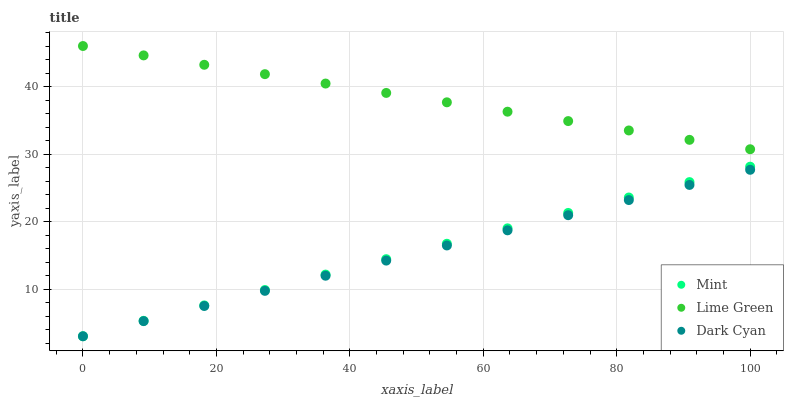
| xaxis_label | Mint | Lime Green | Dark Cyan |
 | --- | --- | --- | --- |
 | 0 | 3 | 46 | 3 |
 | 9.09 | 5.28 | 44.6 | 5.24 |
 | 18.2 | 7.57 | 43.2 | 7.48 |
 | 27.3 | 9.85 | 41.8 | 9.73 |
 | 36.4 | 12.1 | 40.4 | 12 |
 | 45.5 | 14.4 | 39 | 14.2 |
 | 54.5 | 16.7 | 37.7 | 16.5 |
 | 63.6 | 19 | 36.3 | 18.7 |
 | 72.7 | 21.3 | 34.9 | 20.9 |
 | 81.8 | 23.6 | 33.5 | 23.2 |
 | 90.9 | 25.8 | 32.1 | 25.4 |
 | 100 | 28.1 | 30.7 | 27.7 |